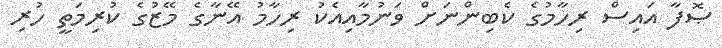
ޞޮފާ އައިސް ރިހާމުގެ ކެބިންނަށް ވަނުމާއިއެކު ރިހާމު އޭނާގެ މޭޒުގެ ކުރިމަތީ ހުރި